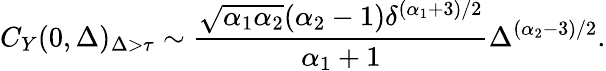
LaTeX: C_{Y}(0,\Delta)_{\Delta>\tau}\sim\frac{\sqrt{\alpha_{1}\alpha_{2}}(\alpha_{2}-1)\delta^{(\alpha_{1}+3)/2}}{\alpha_{1}+1}\Delta^{(\alpha_{2}-3)/2}.